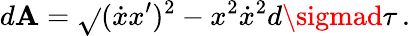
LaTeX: d\mathbf{A}=\sqrt{}{{(\dot{{x}}x^{\prime})^{2}-x^{2}\dot{{x}}^{2}}}d\sigmad\tau\, .